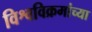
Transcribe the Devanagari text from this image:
विश्वविक्रमांच्या